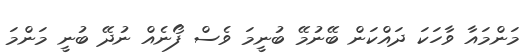
މަންމައާ ވާހަކަ ދައްކަން ބޭނުމޭ ބުނީމަ ވެސް ފޯނެއް ނުދޭ ބުނީ މަންމަ